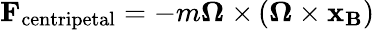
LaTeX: \mathbf{F}_{\mathrm{centripetal}}=-m\mathbf{\Omega\ \times}\left(\mathbf{\Omega\times x_{B}}\right)